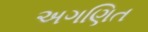
અગણિત